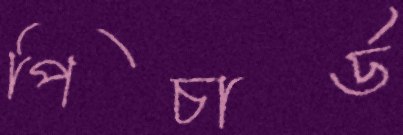
পিচার্ড